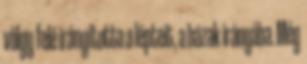
völgy felé irányította a lépteit, a házak irányába. Még